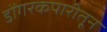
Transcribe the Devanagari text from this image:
डोंगरकपारीतून